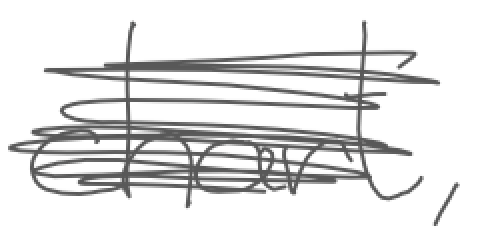
Text: chart,
Cross-out: scratch
Writing tool: digital_gray